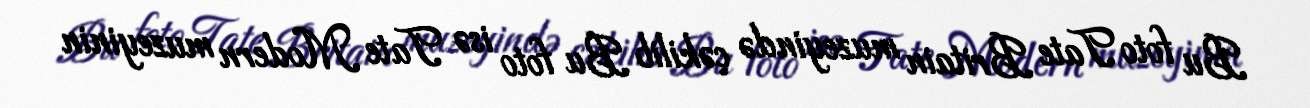
Bu foto Tate Britain muzeyində çəkilib Bu foto isə Tate Modern muzeyinin